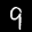
Label: 9